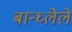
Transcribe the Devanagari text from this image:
बान्ध्लेले